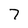
Character: 7